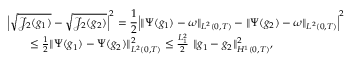
\begin{array} { r l r } { \lefteqn { \Big \vert \sqrt { \mathcal { J } _ { 2 } ( g _ { 1 } ) } - \sqrt { \mathcal { J } _ { 2 } ( g _ { 2 } ) } \Big \vert ^ { 2 } = \frac { 1 } { 2 } \Big \vert \| \Psi ( g _ { 1 } ) - \omega \| _ { L ^ { 2 } ( 0 , T ) } - \| \Psi ( g _ { 2 } ) - \omega \| _ { L ^ { 2 } ( 0 , T ) } \Big \vert ^ { 2 } } } \\ & { } & { \leq \frac { 1 } { 2 } \| \Psi ( g _ { 1 } ) - \Psi ( g _ { 2 } ) \| _ { L ^ { 2 } ( 0 , T ) } ^ { 2 } \leq \frac { L _ { 1 } ^ { 2 } } { 2 } \ \Vert g _ { 1 } - g _ { 2 } \Vert _ { H ^ { 1 } ( 0 , T ) } ^ { 2 } , ~ ~ ~ ~ } \end{array}